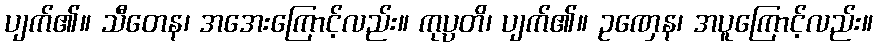
ပျက်၏။ သီတေန၊ အအေးကြောင့်လည်း။ ကုပ္ပတိ၊ ပျက်၏။ ဥဏှေန၊ အပူကြောင့်လည်း။